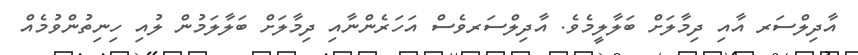
އާދިލްސަރ އާއި ދިމާލަށް ބަލާލީމެވެ. އާދިލްސަރވެސް އަހަރެންނާއި ދިމާލަށް ބަލާލަމުން ލުއި ހިނިތުންވުމެއް